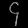
Digit: ၄